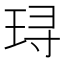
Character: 𬍤